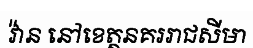
វ៉ាន នៅខេត្តនគររាជសីមា